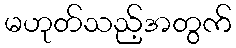
မဟုတ်သည့်အတွက်